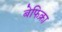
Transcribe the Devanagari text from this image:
बेफिक्रा